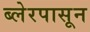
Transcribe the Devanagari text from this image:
ब्लेरपासून